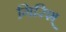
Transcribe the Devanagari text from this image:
गिरिश्